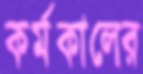
কর্মকালের